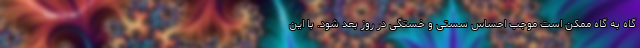
گاه به گاه ممکن است موجب احساس سستی و خستگی در روز بعد شود. با این